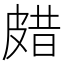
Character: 𤿸